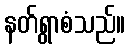
နတ်ရွာစံသည်။